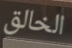
الخالق